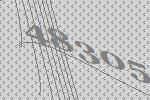
48305